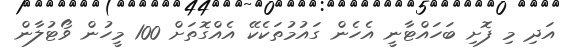
އަދި މި ފޮށި ބަހައްޓާނީ އެހެން ގައުމުތަކެކޭ އެއްގޮތަށް 100 މީހުން ވޯޓުލާން